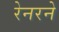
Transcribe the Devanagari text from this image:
रेनरने